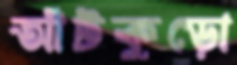
আঁটকুড়ো